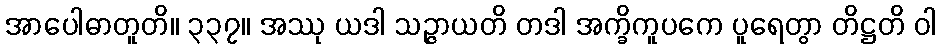
အာပေါဓာတူတိ။ ၃၃၇။ အဿု ယဒါ သဉ္ဇာယတိ တဒါ အက္ခိကူပကေ ပူရေတွာ တိဋ္ဌတိ ဝါ